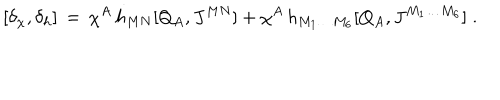
LaTeX: [ \delta _ { \chi } , \delta _ { h } ] \, = \, \chi ^ { A } \, h _ { M N } [ Q _ { A } , J ^ { M N } ] + \chi ^ { A } \, h _ { M _ { 1 } \ldots M _ { 6 } } [ Q _ { A } , J ^ { M _ { 1 } \ldots M _ { 6 } } ] \; .